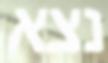
נצא